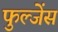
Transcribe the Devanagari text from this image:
फुल्जेंस